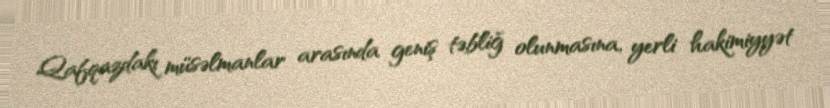
Qafqazdakı müsəlmanlar arasında geniş təbliğ olunmasına, yerli hakimiyyət